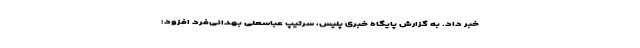
خبر داد. به گزارش پایگاه خبری پلیس، سرتیپ عباسعلی بهدانی‌فرد افزود: